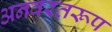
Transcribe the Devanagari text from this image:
अनवरतरूप